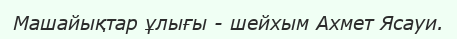
Машайықтар ұлығы - шейхым Ахмет Ясауи.